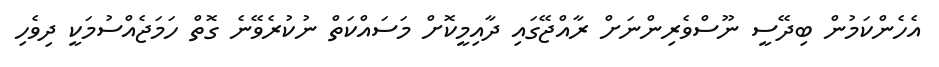
އެހެންކަމުން ބިދޭސީ ނޫސްވެރިންނަށް ރާއްޖޭގައި ދާއިމީކޮށް މަސައްކަތް ނުކުރެވޭނެ ގޮތް ހަމަޖެއްސުމަކީ ދިވެހި